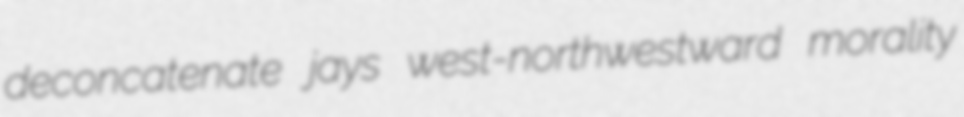
deconcatenate jays west-northwestward morality